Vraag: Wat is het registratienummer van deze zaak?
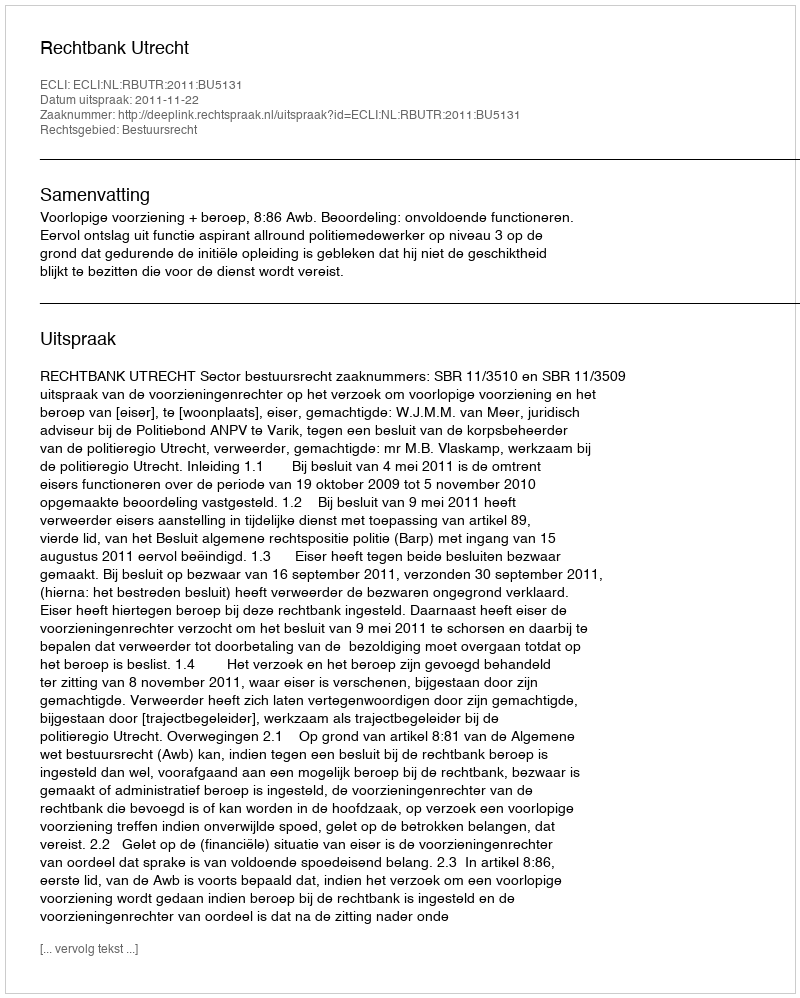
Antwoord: http://deeplink.rechtspraak.nl/uitspraak?id=ECLI:NL:RBUTR:2011:BU5131